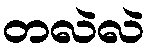
တလဲလဲ